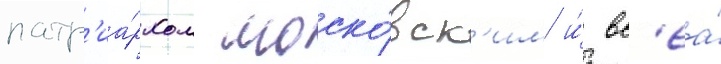
патр'иа́рхом моско́вск'им и́ вс'еа́